Insane asylums in Bengal annual reports 1867-1875 - 1867-1875
Year: 1867
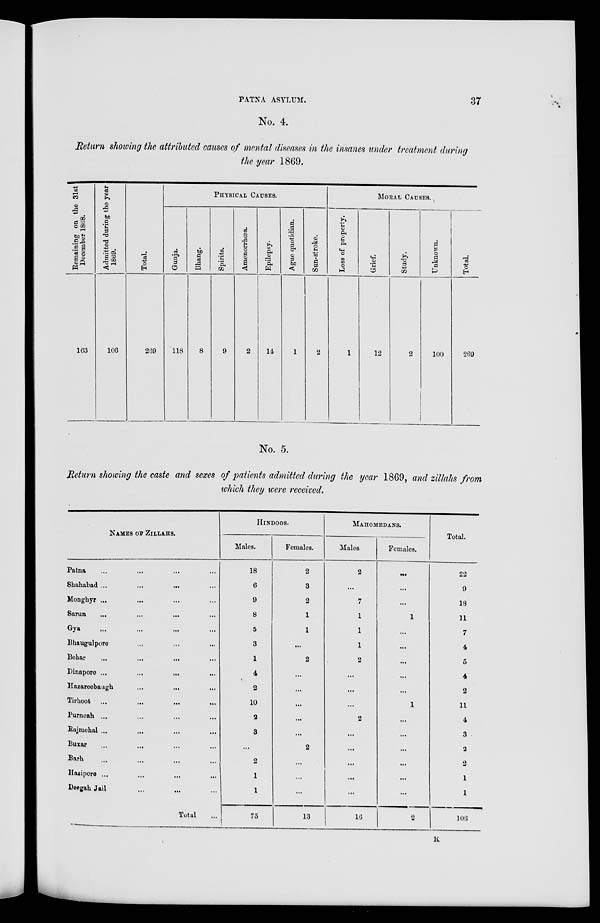
PATNA ASYLUM.
37
No. 4.
Return showing the attributed causes of mental diseases in the insanes under treatment during
the year 1869.
Remaining on the 31st
December 1868.
163
Admitted during the year
1869.
106
Total.
269
PHYSICAL CAUSES.
Gunja.
118
Bhang.
8
Spirits.
9
Amenorrhœa.
2
Epilepsy.
14
Ague quotidian.
1
Sun-stroke.
2
MORAL CAUSES.
Loss of property.
1
Grief.
12
Study.
2
Unknown.
100
Total.
269
No. 5.
Return showing the caste and sexes of patients admitted during the year 1869, and zillahs from
which they were received.
NAMES OF ZILLAHS.
Patna ... ... ... ...
Shahabad ... ... ... ...
Monghyr ... ... ... ...
Sarun ... ... ... ...
Gya ... ... ... ...
Bhaugulpore ... ... ...
Behar ... ... ... ...
Dinapore ... ... ... ...
Hazareebaugh ... ... ...
Tirhoot ... ... ... ...
Purneah ... ... ... ...
Rajmehal ... ... ... ...
Buxar ... ... ... ...
Barh ... ... ... ...
Hazipore ... ... ... ...
Deegah Jail ... ... ...
Total ...
HINDOOS.
Males.
18
6
9
8
5
3
1
4
2
10
2
3
...
2
1
1
75
Females.
2
3
2
1
1
...
2
...
...
...
...
...
2
...
...
...
13
MAHOMEDANS.
Males.
2
...
7
1
1
1
2
...
...
...
2
...
...
...
...
...
16
Females.
...
...
...
1
...
...
...
...
...
1
...
...
...
...
...
...
2
Total.
22
9
18
11
7
4
5
4
2
11
4
3
2
2
1
1
106
K